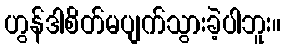
ဟွန်ဒါစိတ်မပျက်သွားခဲ့ပါဘူး။